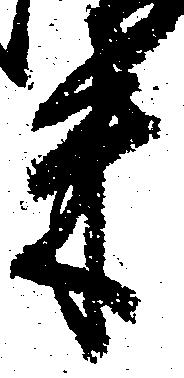
米